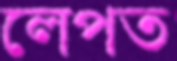
লেপত